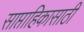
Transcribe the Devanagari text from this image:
साप्ताहिकासाठी